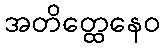
အတိတ္ထေနေဝ